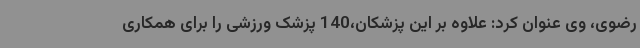
رضوی، وی عنوان کرد: علاوه بر این پزشکان،140 پزشک ورزشی را برای همکاری